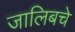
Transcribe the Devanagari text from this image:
जालिबचे